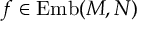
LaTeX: f \in \operatorname { E m b } ( M , N )